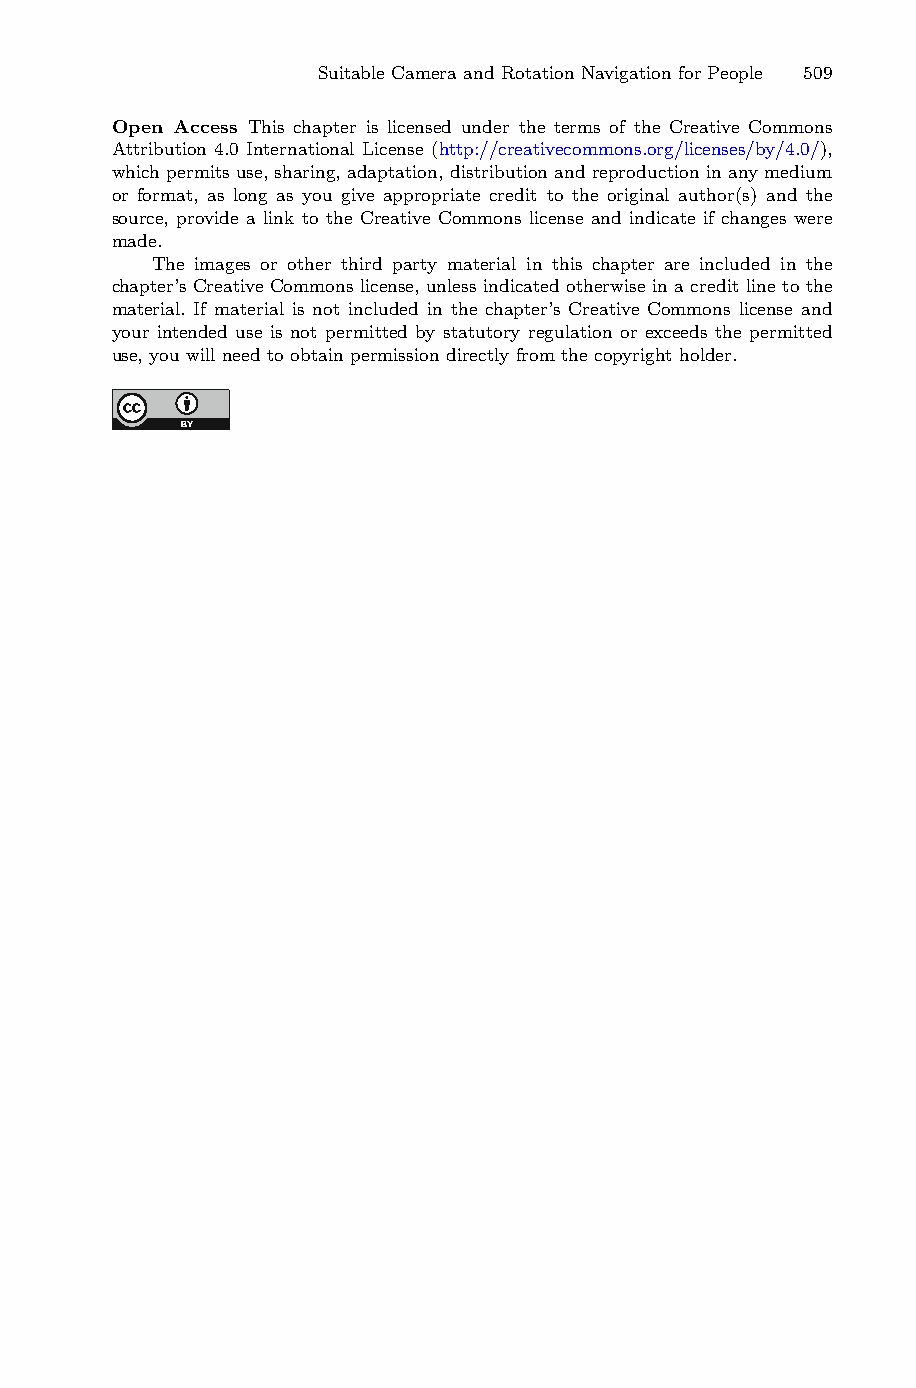
Suitable Camera and Rotation Navigation for People 509
 Open Access This chapter is licensed under the terms of the Creative Commons
 Attribution 4.0 International License (http://creativecommons.org/licenses/by/4.0/),
 which permits use, sharing, adaptation, distribution and reproduction in any medium
 or format, as long as you give appropriate credit to the original author(s) and the
 source, provide a link to the Creative Commons license and indicate if changes were
 made.
 The images or other third party material in this chapter are included in the
 chapter’s Creative Commons license, unless indicated otherwise in a credit line to the
 material. If material is not included in the chapter’s Creative Commons license and
 your intended use is not permitted by statutory regulation or exceeds the permitted
 use, you will need to obtain permission directly from the copyright holder.